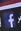
f